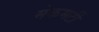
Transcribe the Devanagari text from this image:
मेकमर्टी